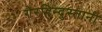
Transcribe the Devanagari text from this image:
गैरहिन्दुस्तानी